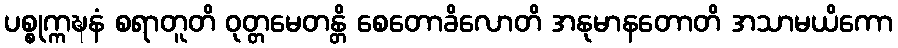
ပစ္စုက္ကဍ္ဎနံ စရာတူတိ ဝုတ္တမေတန္တိ စေတောခိလောတိ အနုမာနတောတိ အသာမယိကော